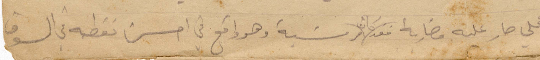
محلي صار عليه مضاربة فقد كان مرتبة وهو واقع في احسن نقطة في السوق